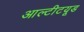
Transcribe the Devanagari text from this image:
आल्टीटयूड